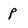
Character: p